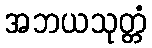
အဘယသုတ္တံ